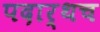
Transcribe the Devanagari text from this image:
पदार्थच